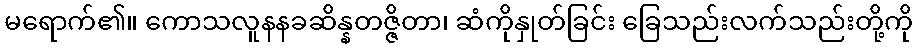
မရောက်၏။ ကောသလူနနခဆိန္နတဇ္ဇိတာ၊ ဆံကိုနှုတ်ခြင်း ခြေသည်းလက်သည်းတို့ကို